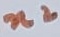
Text: n2